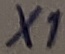
Text: X1